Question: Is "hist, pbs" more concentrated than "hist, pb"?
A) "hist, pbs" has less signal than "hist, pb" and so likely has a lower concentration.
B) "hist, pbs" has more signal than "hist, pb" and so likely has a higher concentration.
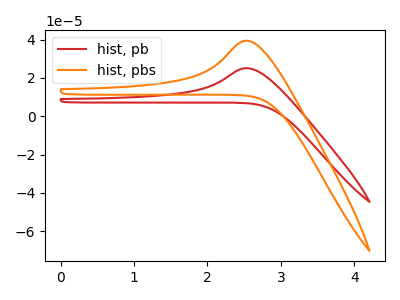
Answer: <think>The red curve "hist, pb" has an anodic peak at: (2.55V, 25.10uA). The orange curve "hist, pbs" has an anodic peak at: (2.55V, 39.45uA).
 All the peaks in "hist, pbs" have a peak in "hist, pb" at the same potential. Every peak in "hist, pbs" is higher than every peak in "hist, pb".</think>
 <answer>B) "hist, pbs" has more signal than "hist, pb" and so likely has a higher concentration.</answer>
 <eval>B</eval>